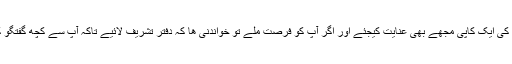
اپنی نظم کی ایک کاپی مجھے بھی عنایت کیجئے اور اگر آپ کو فرصت ملے تو خواندنی ھا کہ دفتر تشریف لائیے تاکہ آپ سے کچھ گفتگو کرسکیں۔